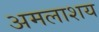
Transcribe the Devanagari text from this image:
अमलाशय